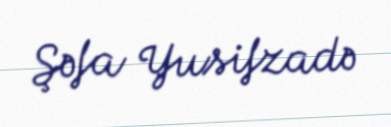
Şəfa Yusifzadə